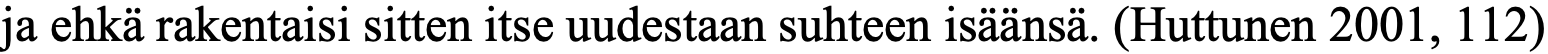
ja ehkä rakentaisi sitten itse uudestaan suhteen isäänsä. (Huttunen 2001, 112)